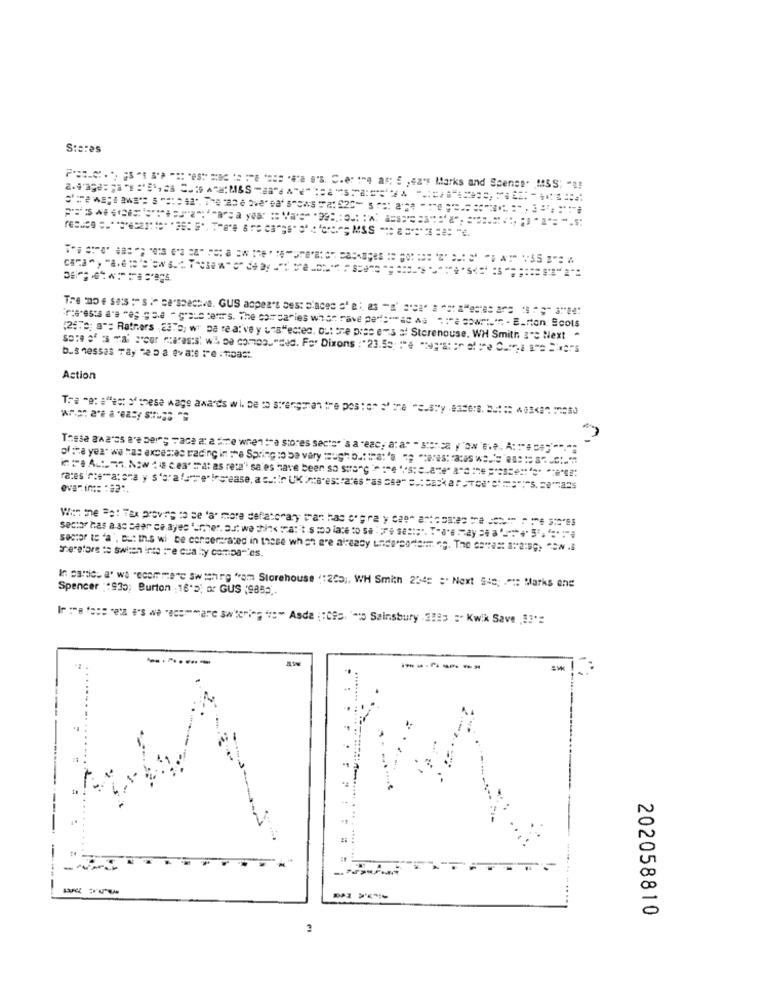
Stares
P === C ., S .::. . . .. . e a"; " ,ez's Marks and Scenes· MSS; " !!
ra esta a's "eg gae - grate tenir's. The corrsarles what rave per:"ad na ":"a cowri."r - E-rton. Scots
(2:"e; a"; Rathers , 237; w" na re a:'ve y una"estes, out the pres ens s Stcrenouse. WH Smith 3" Next "
Action
offre yea* we "as axcestas trading in the Spring to be vary mugh b .: that "a " "ceres: races we.'' .: : 36.C.
evaTime : 82".
sector te 'a', But In.s wi be concereraced in these when are already underponem og. The co"est ata:sp, -. 8
therefore te swien inte :"e cua lty compa-'es,
In partic. a' wa "ecommerc sw soirg "om Storehouse ("200 ;, WH Smith 2342 :" Next S48; . " :: Marks ene
Spencer :"935; Burton : 16'5; or GUS (9855 ..
1 : 1 "z " we "ammar wering "" Asde ;"Ces. " Sainsbury .2183 :- Kwik Save 13's
-------
. ....
202058810